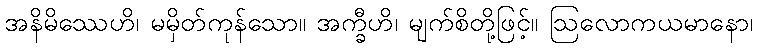
အနိမိဿေဟိ၊ မမှိတ်ကုန်သော။ အက္ခီဟိ၊ မျက်စိတို့ဖြင့်။ ဩလောကယမာနော၊